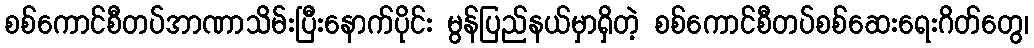
စစ်ကောင်စီတပ်အာဏာသိမ်းပြီးနောက်ပိုင်း မွန်ပြည်နယ်မှာရှိတဲ့ စစ်ကောင်စီတပ်စစ်ဆေးရေးဂိတ်တွေ၊